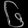
Digit: ၆